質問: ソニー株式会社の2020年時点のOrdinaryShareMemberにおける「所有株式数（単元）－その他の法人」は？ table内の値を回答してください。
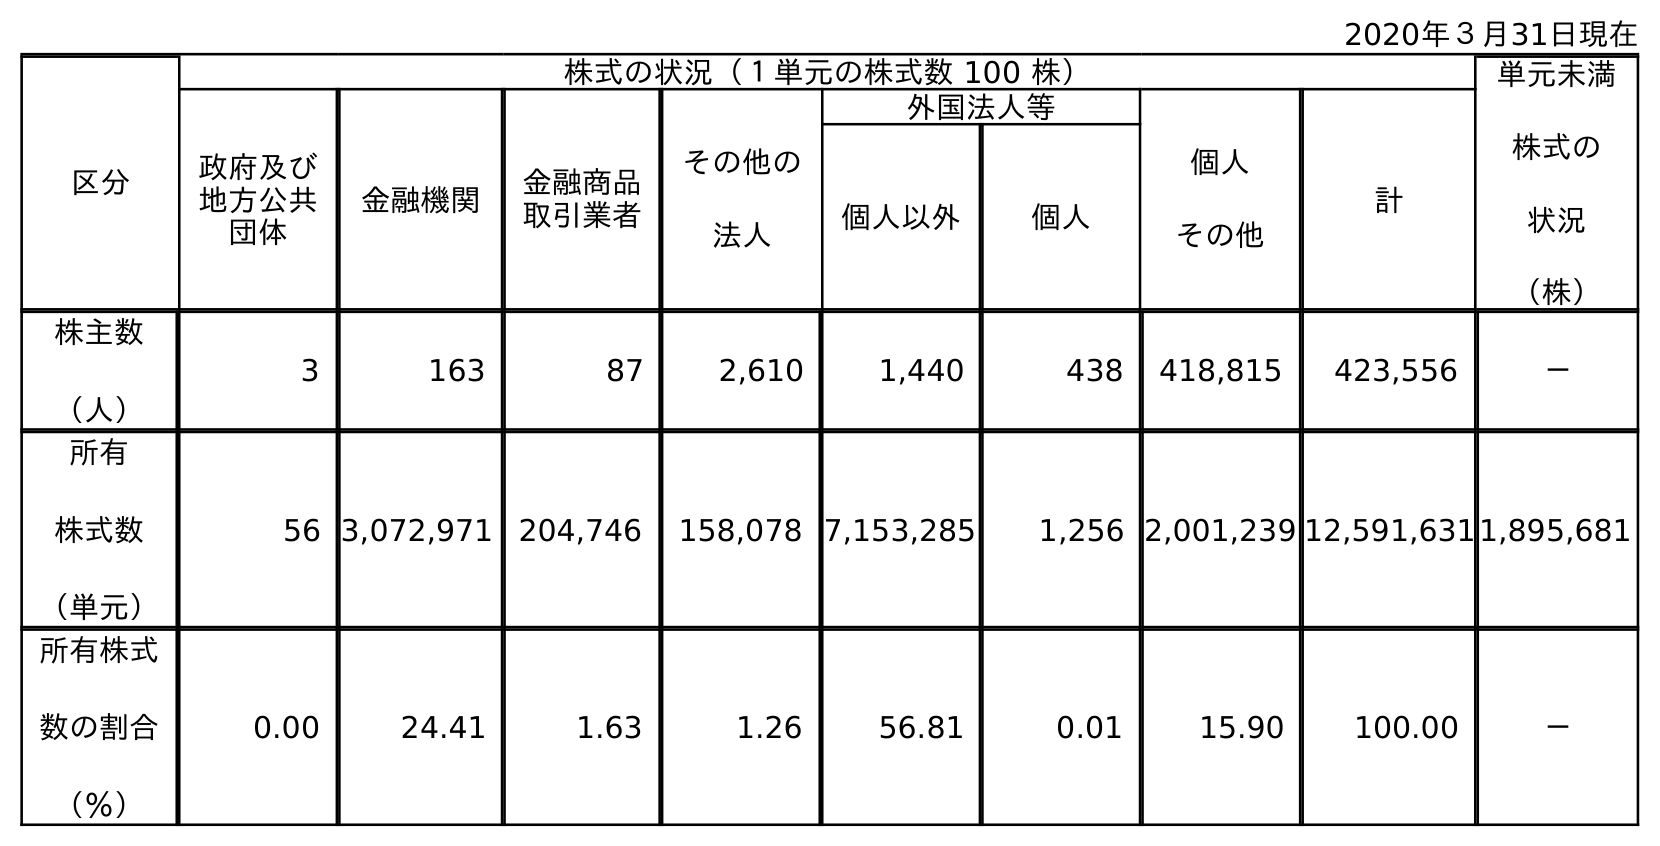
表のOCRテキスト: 2020年３月31日現在 区分 株式の状況（１単元の株式数 100 株） 単元未満 株式の 状況 （株） 政府及び 地方公共 団体 金融機関 金融商品 取引業者 その他の 法人 外国法人等 個人 その他 計 個人以外 個人 株主数 （人） 3 163 87 2,610 1,440 438 418,815 423,556 － 所有 株式数 （単元） 56 3,072,971 204,746 158,078 7,153,285 1,256 2,001,239 12,591,6311,895,681 所有株式 数の割合 （％） 0.00 24.41 1.63 1.26 56.81 0.01 15.90 100.00 －
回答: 158,078